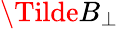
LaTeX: \Tilde{B}_{\perp}